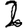
Digit: 2